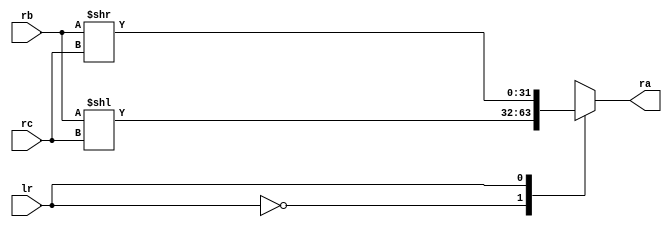
module shifter( input wire[31:0] rb,rc,
						input wire lr,
						output reg[31:0] ra);

		always @* begin
			case(lr)
				1'b0: ra = rb << rc;
				1'b1:	ra = rb >> rc;
			endcase
		end
		
endmodule